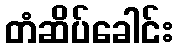
တံဆိပ်ခေါင်း